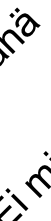
i ä